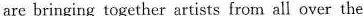
are bringing together artists from all over the